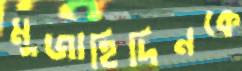
মুজাহিদিনকে